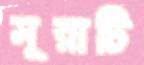
সূরাটি